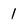
Character: 1